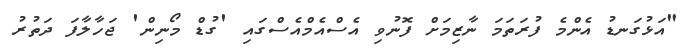
"އަޅުގަނޑު އެންމެ ފުރަތަމަ ނާޒިމަށް ފޮނުވި އެސްއެމްއެސްގައި 'ގުޑް މޯނިން' ޖަހާލާފަ ދަތުރު